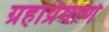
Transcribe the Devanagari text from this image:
ग्रहाप्रमाणे